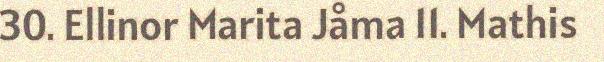
30. Ellinor Marita Jåma 11. Mathis